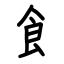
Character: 飠